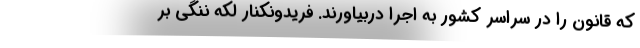
كه قانون را در سراسر كشور به اجرا دربياورند. فريدونكنار لكه ننگي بر